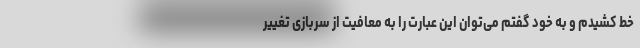
خط کشیدم و به خود گفتم می‌توان این عبارت را به معافیت از سربازی تغییر